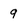
Character: 9